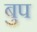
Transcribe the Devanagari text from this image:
बुप